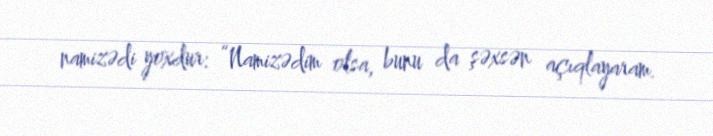
namizədi yoxdur: “Namizədim olsa, bunu da şəxsən açıqlayaram.